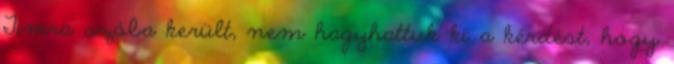
Timra szóba került, nem hagyhattuk ki a kérdést, hogy